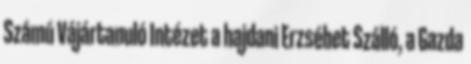
Számú Vájártanuló Intézet a hajdani Erzsébet Szálló, a Gazda